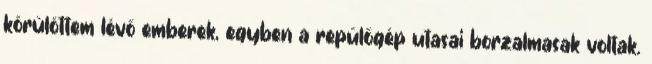
körülöttem lévő emberek, egyben a repülőgép utasai borzalmasak voltak.